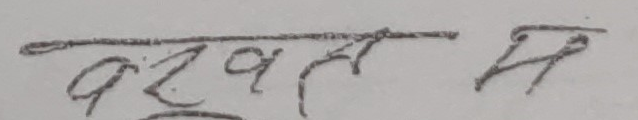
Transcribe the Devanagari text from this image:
बखत म